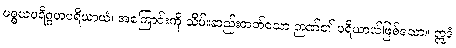
ပစ္စယပရိဂ္ဂဟပရိယာယံ၊ အကြောင်းကို သိမ်းဆည်းတတ်သော ဉာဏ်၏ ပရိယာယ်ဖြစ်သော။ ဣဒံ